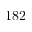
1 8 2